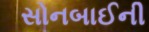
સોનબાઈની